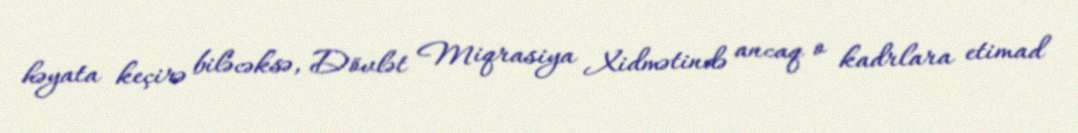
həyata keçirə biləcəksə, Dövlət Miqrasiya Xidmətində ancaq o kadrlara etimad